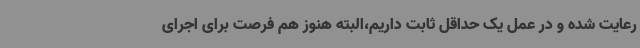
رعایت شده و در عمل یک حداقل ثابت داریم،البته هنوز هم فرصت برای اجرای